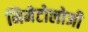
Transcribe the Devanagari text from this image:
निमेटोलोजी